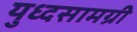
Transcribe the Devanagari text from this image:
युध्दसामग्री